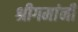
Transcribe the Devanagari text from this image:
श्रीगमांनी